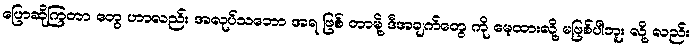
ပြောဆိုကြတာ တွေ ဟာလည်း အလုပ်သဘော အရ ဖြစ် တာမို့ ဒီအချက်တွေ ကို မေ့ထားလို့ မဖြစ်ပါဘူး လို့ လည်း